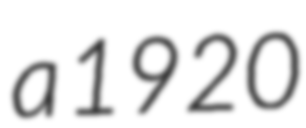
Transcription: a 1920